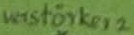
Text: verstärker 2